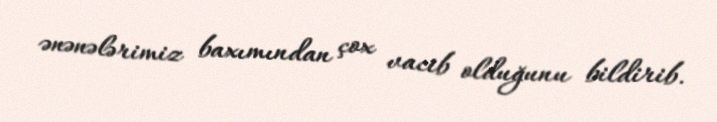
ənənələrimiz baxımından çox vacib olduğunu bildirib.